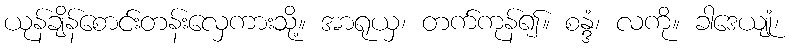
ယုန်ချိန်စောင်းတန်းလှေကားသို့။ အာရုယှ၊ တက်ကုန်၍။ စန္ဒံ၊ လကို။ ခါဒေယျုံ၊